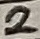
Text: 2